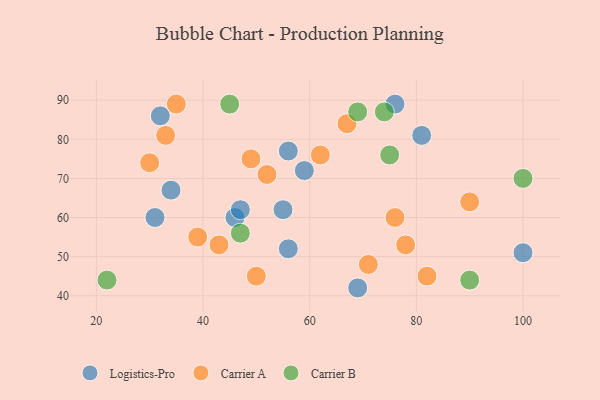
{"axis": {"x": "GDP", "y": "Life Expectancy"}, "legend": ["Carrier A", "Carrier B", "Logistics-Pro"], "data": [{"x": "81", "y": 81, "type": "Logistics-Pro"}, {"x": "69", "y": 42, "type": "Logistics-Pro"}, {"x": "46", "y": 60, "type": "Logistics-Pro"}, {"x": "32", "y": 86, "type": "Logistics-Pro"}, {"x": "59", "y": 72, "type": "Logistics-Pro"}, {"x": "55", "y": 62, "type": "Logistics-Pro"}, {"x": "56", "y": 77, "type": "Logistics-Pro"}, {"x": "100", "y": 51, "type": "Logistics-Pro"}, {"x": "56", "y": 52, "type": "Logistics-Pro"}, {"x": "47", "y": 62, "type": "Logistics-Pro"}, {"x": "76", "y": 89, "type": "Logistics-Pro"}, {"x": "34", "y": 67, "type": "Logistics-Pro"}, {"x": "31", "y": 60, "type": "Logistics-Pro"}, {"x": "33", "y": 81, "type": "Carrier A"}, {"x": "30", "y": 74, "type": "Carrier A"}, {"x": "50", "y": 45, "type": "Carrier A"}, {"x": "78", "y": 53, "type": "Carrier A"}, {"x": "62", "y": 76, "type": "Carrier A"}, {"x": "49", "y": 75, "type": "Carrier A"}, {"x": "82", "y": 45, "type": "Carrier A"}, {"x": "90", "y": 64, "type": "Carrier A"}, {"x": "43", "y": 53, "type": "Carrier A"}, {"x": "39", "y": 55, "type": "Carrier A"}, {"x": "71", "y": 48, "type": "Carrier A"}, {"x": "52", "y": 71, "type": "Carrier A"}, {"x": "35", "y": 89, "type": "Carrier A"}, {"x": "67", "y": 84, "type": "Carrier A"}, {"x": "76", "y": 60, "type": "Carrier A"}, {"x": "22", "y": 44, "type": "Carrier B"}, {"x": "45", "y": 89, "type": "Carrier B"}, {"x": "47", "y": 56, "type": "Carrier B"}, {"x": "90", "y": 44, "type": "Carrier B"}, {"x": "75", "y": 76, "type": "Carrier B"}, {"x": "69", "y": 87, "type": "Carrier B"}, {"x": "74", "y": 87, "type": "Carrier B"}, {"x": "100", "y": 70, "type": "Carrier B"}]}